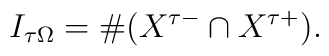
I_{\tau\Omega}=\#(X^{\tau -}\cap X^{\tau +}).